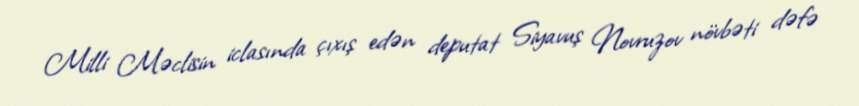
Milli Məclisin iclasında çıxış edən deputat Siyavuş Novruzov növbəti dəfə